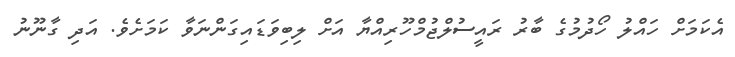
އެކަމަށް ހައްލު ހޯދުމުގެ ބާރު ރައީސުލްޖުމްހޫރިއްޔާ އަށް ލިބިވަޑައިގަންނަވާ ކަމަށެވެ. އަދި ގާނޫނު